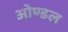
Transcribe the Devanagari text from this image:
ओण्डल